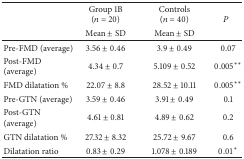
| <ROWSPAN=2>  | Group 1B (n = 20) | Controls (n = 40) | <ROWSPAN=2> P |
 | Mean ± SD | Mean ± SD |
 | --- | --- | --- | --- |
 | Pre-FMD (average) | 3.56 ± 0.46 | 3.9 ± 0.49 | 0.07 |
 | Post-FMD (average) | 4.34 ± 0.7 | 5.109 ± 0.52 | 0.005** |
 | FMD dilatation % | 22.07 ± 8.8 | 28.52 ± 10.11 | 0.005** |
 | Pre-GTN (average) | 3.59 ± 0.46 | 3.91 ± 0.49 | 0.1 |
 | Post-GTN (average) | 4.61 ± 0.81 | 4.89 ± 0.62 | 0.2 |
 | GTN dilatation % | 27.32 ± 8.32 | 25.72 ± 9.67 | 0.6 |
 | Dilatation ratio | 0.83 ± 0.29 | 1.078 ± 0.189 | 0.01* |